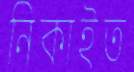
নিকাইত